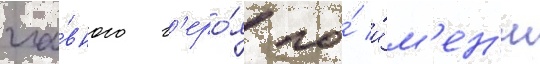
гла́вного г'еро́я по́ и́м'ен'и